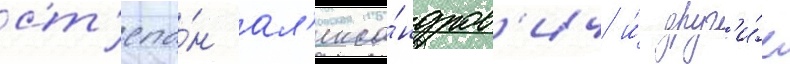
ст'епа́н ал'екса́ндров'ич и́ друг'и́е